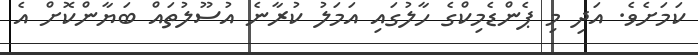
ކަމަށެވެ. އަދި މި ޕެންޑެމިކްގެ ހާލުގައި އަމަލު ކުރާނެ އުސޫލުތައް ބަޔާންކޮށް އެ